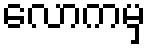
လောကမှ